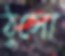
ঠুসো